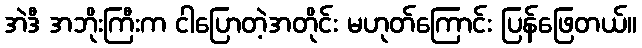
အဲဒီ အဘိုးကြီးက ငါပြောတဲ့အတိုင်း မဟုတ်ကြောင်း ပြန်ဖြေတယ်။